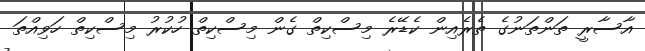
އާސާރީ ތަންތަނުގެ ތެރެއިން ކެޑޭރެ މިސްކިތް ގެން މިސްކިތް ހުކުރު މިސްކިތް ހަވިއްތަ